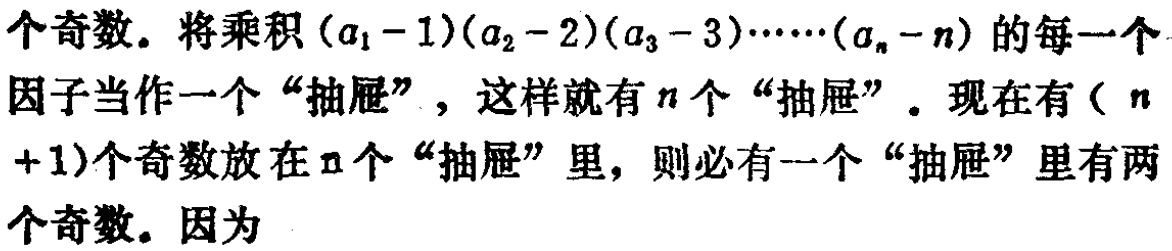
个奇数。将乘积\((a_{1}-1)(a_{2}-2)(a_{3}-3)\cdots\cdots(a_{n}-n)\)的每一个因子当作一个“抽屉”，这样就有\(n\)个“抽屉”。现在有（\(n +1\)）个奇数放在\(n\)个“抽屉”里，则必有一个“抽屉”里有两个奇数。因为